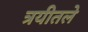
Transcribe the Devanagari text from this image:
त्रयीतले